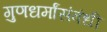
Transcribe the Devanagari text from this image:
गुणधर्मांसंबंधी